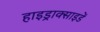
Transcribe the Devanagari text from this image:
हाइड्राक्साइडें